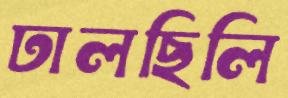
ঢালছিলি